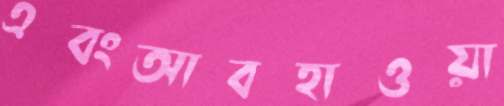
এবংআবহাওয়া